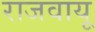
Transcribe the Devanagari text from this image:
राजवायू